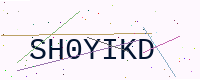
Text: SH0YIKD